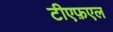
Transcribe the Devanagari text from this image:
टीएफ़एल